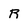
Character: R